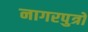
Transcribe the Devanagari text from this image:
नागरपुत्रों